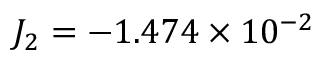
J _ { 2 } = - 1 . 4 7 4 \times 1 0 ^ { - 2 }